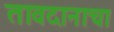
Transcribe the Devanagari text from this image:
तावदानाचा